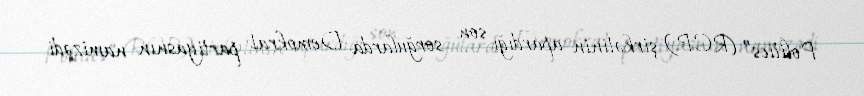
Politics” (RCP) şirkətinin apardığı son sorğularda Demokrat partiyasnın namizədi